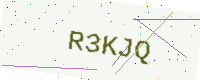
Text: R3KJQ